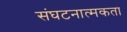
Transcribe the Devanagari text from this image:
संघटनात्मकता